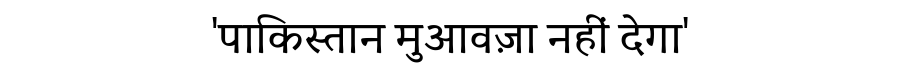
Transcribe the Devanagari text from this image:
'पाकिस्तान मुआवज़ा नहीं देगा'